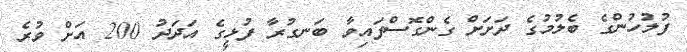
ފުލުހުންގެ ބެލުމުގެ ދަށަށް ގެންގޮސްފައިވާ ބަނގުރާ ފުޅީގެ އަދަދު 200 އަށް ވުރެ